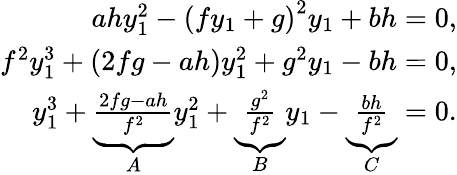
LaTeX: \begin{array}{r}{ahy_{1}^{2}-\left(fy_{1}+g\right)^{2}y_{1}+bh=0,}\\ {f^{2}y_{1}^{3}+\left(2fg-ah\right)y_{1}^{2}+g^{2}y_{1}-bh=0,}\\ {y_{1}^{3}+\underbrace{\frac{2fg-ah}{f^{2}}}_{A}y_{1}^{2}+\underbrace{\frac{g^{2}}{f^{2}}}_{B}y_{1}-\underbrace{\frac{bh}{f^{2}}}_{C}=0.}\end{array}